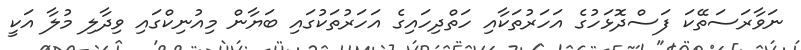
ނަވާރަސަތޭކަ ފަސްދޮޅަހުގެ އަހަރުތަކާއި ހަތްދިހައިގެ އަހަރުތަކުގައި ބަޔާން މިއުނިކްގައި ވިދާލި މުލާ އަކީ